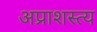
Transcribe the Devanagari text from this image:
अप्राशस्त्य